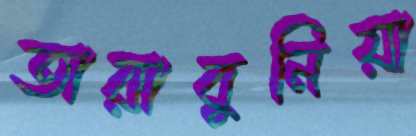
তারাবুনিয়া